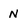
Character: N